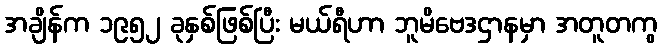
အချိန်က ၁၉၅၂ ခုနှစ်ဖြစ်ပြီး မယ်ရီဟာ ဘူမိဗေဒဌာနမှာ အတူတကွ